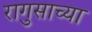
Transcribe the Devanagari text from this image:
रागुसाच्या